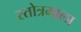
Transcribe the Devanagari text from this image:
स्तोत्रमाला